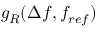
g _ { R } ( \Delta f , f _ { r e f } )